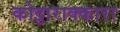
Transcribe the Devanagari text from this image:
कोट्टाराक्कारा